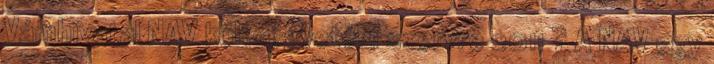
Vámhivatal NAV költségvetési szervre 2011 ? A NAV egy